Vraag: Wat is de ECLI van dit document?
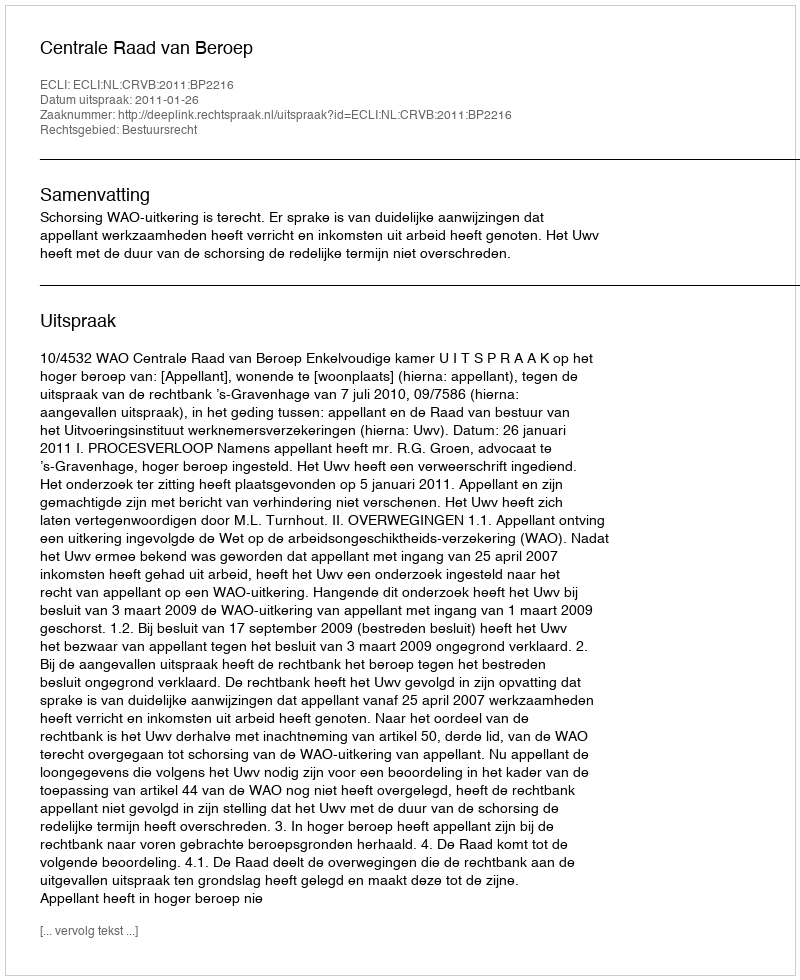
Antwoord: ECLI:NL:CRVB:2011:BP2216